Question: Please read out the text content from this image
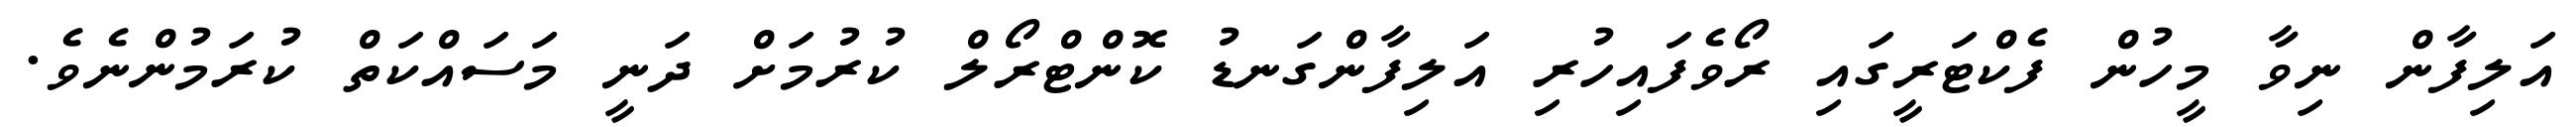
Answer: އަލިފާން ނިވާ މީހުން ފެކްޓަރީގައި ރޯވެފައިހުރި އަލިފާންގަނޑު ކޮންޓްރޯލް ކުރުމަށް ދަނީ މަސައްކަތް ކުރަމުންނެވެ.